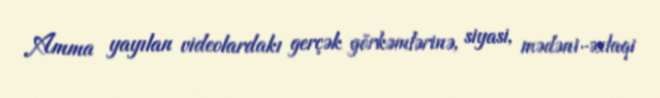
Amma yayılan videolardakı gerçək görkəmlərinə, siyasi, mədəni-əxlaqi